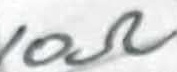
Text: 10Ω